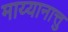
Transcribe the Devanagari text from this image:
माय्यानात्तु